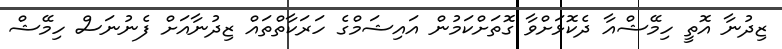
ޒިދުނާ އޮތީ ހިމޭޝްއާ ދެކޮޅަށްވާ ގޮތަށްކަމުން އައިޝަމްގެ ހަރަކާތްތައް ޒިދުނާއަށް ފެނުނަސް ހިމޭޝް